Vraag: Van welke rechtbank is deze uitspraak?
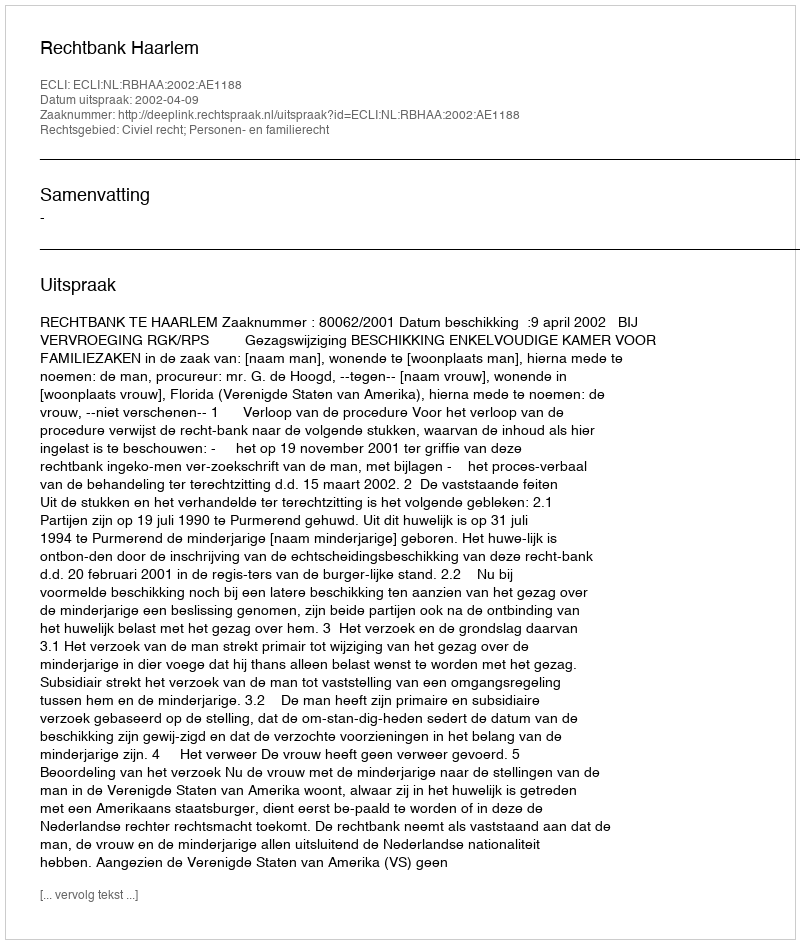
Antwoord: Rechtbank Haarlem